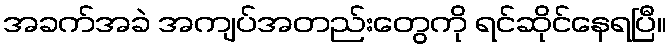
အခက်အခဲ အကျပ်အတည်းတွေကို ရင်ဆိုင်နေရပြီ။